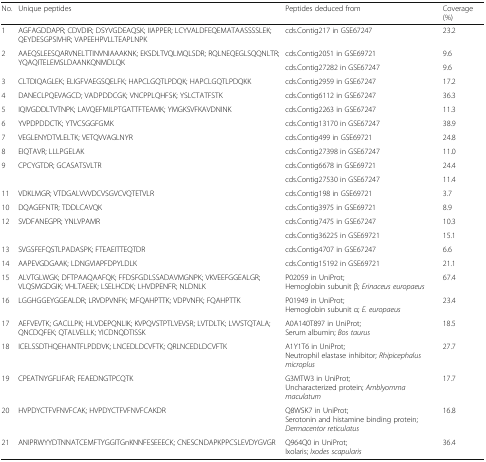
<table><thead><tr><td><b>No.</b></td><td><b>Unique peptides</b></td><td><b>Peptides deduced from</b></td><td><b>Coverage (%)</b></td></tr></thead><tbody><tr><td>1</td><td>AGFAGDDAPR; CDVDIR; DSYVGDEAQSK; IIAPPER; LCYVALDFEQEMATAASSSSLEK; QEYDESGPSIVHR; VAPEEHPVLLTEAPLNPK</td><td>cds.Contig217 in GSE67247</td><td>23.2</td></tr><tr><td rowspan="2">2</td><td rowspan="2">AAEQSLEESQARVNELTTINVNIAAAKNK; EKSDLTVQLMQLSDR; RQLNEQEGLSQQNLTR; YQAQITELEMSLDAANKQNMDLQK</td><td>cds.Contig2051 in GSE69721</td><td>9.6</td></tr><tr><td>cds.Contig27282 in GSE67247</td><td>9.6</td></tr><tr><td>3</td><td>CLTDIQAGLEK; ELIGFVAEGSQELFK; HAPCLGQTLPDQK; HAPCLGQTLPDQKK</td><td>cds.Contig2959 in GSE67247</td><td>17.2</td></tr><tr><td>4</td><td>DANECLPQEVAGCD; VADPDDCGK; VNCPPLQHFSK; YSLCTATFSTK</td><td>cds.Contig6112 in GSE67247</td><td>36.3</td></tr><tr><td>5</td><td>IQIVGDDLTVTNPK; LAVQEFMILPTGATTFTEAMK; YMGKSVFKAVDNINK</td><td>cds.Contig2263 in GSE67247</td><td>11.3</td></tr><tr><td>6</td><td>YVPDPDDCTK; YTVCSGGFGMK</td><td>cds.Contig13170 in GSE67247</td><td>38.9</td></tr><tr><td>7</td><td>VEGLENYDTVLELTK; VETQVVAGLNYR</td><td>cds.Contig499 in GSE69721</td><td>24.8</td></tr><tr><td>8</td><td>EIQTAVR; LLLPGELAK</td><td>cds.Contig27398 in GSE67247</td><td>11.0</td></tr><tr><td rowspan="2">9</td><td rowspan="2">CPCYGTDR; GCASATSVLTR</td><td>cds.Contig6678 in GSE69721</td><td>24.4</td></tr><tr><td>cds.Contig27530 in GSE67247</td><td>11.4</td></tr><tr><td>11</td><td>VDKLMGR; VTDGALVVVDCVSGVCVQTETVLR</td><td>cds.Contig198 in GSE69721</td><td>3.7</td></tr><tr><td>10</td><td>DQAGEFNTR; TDDLCAVQK</td><td>cds.Contig3975 in GSE69721</td><td>8.9</td></tr><tr><td rowspan="2">12</td><td rowspan="2">SVDFANEGPR; YNLVPAMR</td><td>cds.Contig7475 in GSE67247</td><td>10.3</td></tr><tr><td>cds.Contig36225 in GSE69721</td><td>15.1</td></tr><tr><td>13</td><td>SVGSFEFQSTLPADASPK; FTEAEITTEQTDR</td><td>cds.Contig4707 in GSE67247</td><td>6.6</td></tr><tr><td>14</td><td>AAPEVGDGAAK; LDNGVIAPFDPYLDLK</td><td>cds.Contig15192 in GSE69721</td><td>21.1</td></tr><tr><td>15</td><td>ALVTGLWGK; DFTPAAQAAFQK; FFDSFGDLSSADAVMGNPK; VKVEEFGGEALGR; VLQSMGDGIK; VHLTAEEK; LSELHCDK; LHVDPENFR; NLDNLK</td><td>P02059 in UniProt;Hemoglobin subunit β; <i>Erinaceus europaeus</i></td><td>67.4</td></tr><tr><td>16</td><td>LGGHGGEYGGEALDR; LRVDPVNFK; MFQAHPTTK; VDPVNFK; FQAHPTTK</td><td>P01949 in UniProt;Hemoglobin subunit α; <i>E. europaeus</i></td><td>23.4</td></tr><tr><td>17</td><td>AEFVEVTK; GACLLPK; HLVDEPQNLIK; KVPQVSTPTLVEVSR; LVTDLTK; LVVSTQTALA; QNCDQFEK; QTALVELLK; YICDNQDTISSK</td><td>A0A140T897 in UniProt;Serum albumin; <i>Bos taurus</i></td><td>18.5</td></tr><tr><td>18</td><td>ICELSSDTHQEHANTFLPDDVK; LNCEDLDCVFTK; QRLNCEDLDCVFTK</td><td>A1Y1T6 in UniProt;Neutrophil elastase inhibitor; <i>Rhipicephalus microplus</i></td><td>27.7</td></tr><tr><td>19</td><td>CPEATNYGFLIFAR; FEAEDNGTPCQTK</td><td>G3MTW3 in UniProt;Uncharacterized protein; <i>Amblyomma maculatum</i></td><td>17.7</td></tr><tr><td>20</td><td>HVPDYCTFVFNVFCAK; HVPDYCTFVFNVFCAKDR</td><td>Q8WSK7 in UniProt;Serotonin and histamine binding protein; <i>Dermacentor reticulatus</i></td><td>16.8</td></tr><tr><td>21</td><td>ANIPRWYYDTNNATCEMFTYGGITGnKNNFESEEECK; CNESCNDAPKPPCSLEVDYGVGR</td><td>Q964Q0 in UniProt;Ixolaris; <i>Ixodes scapularis</i></td><td>36.4</td></tr></tbody></table>